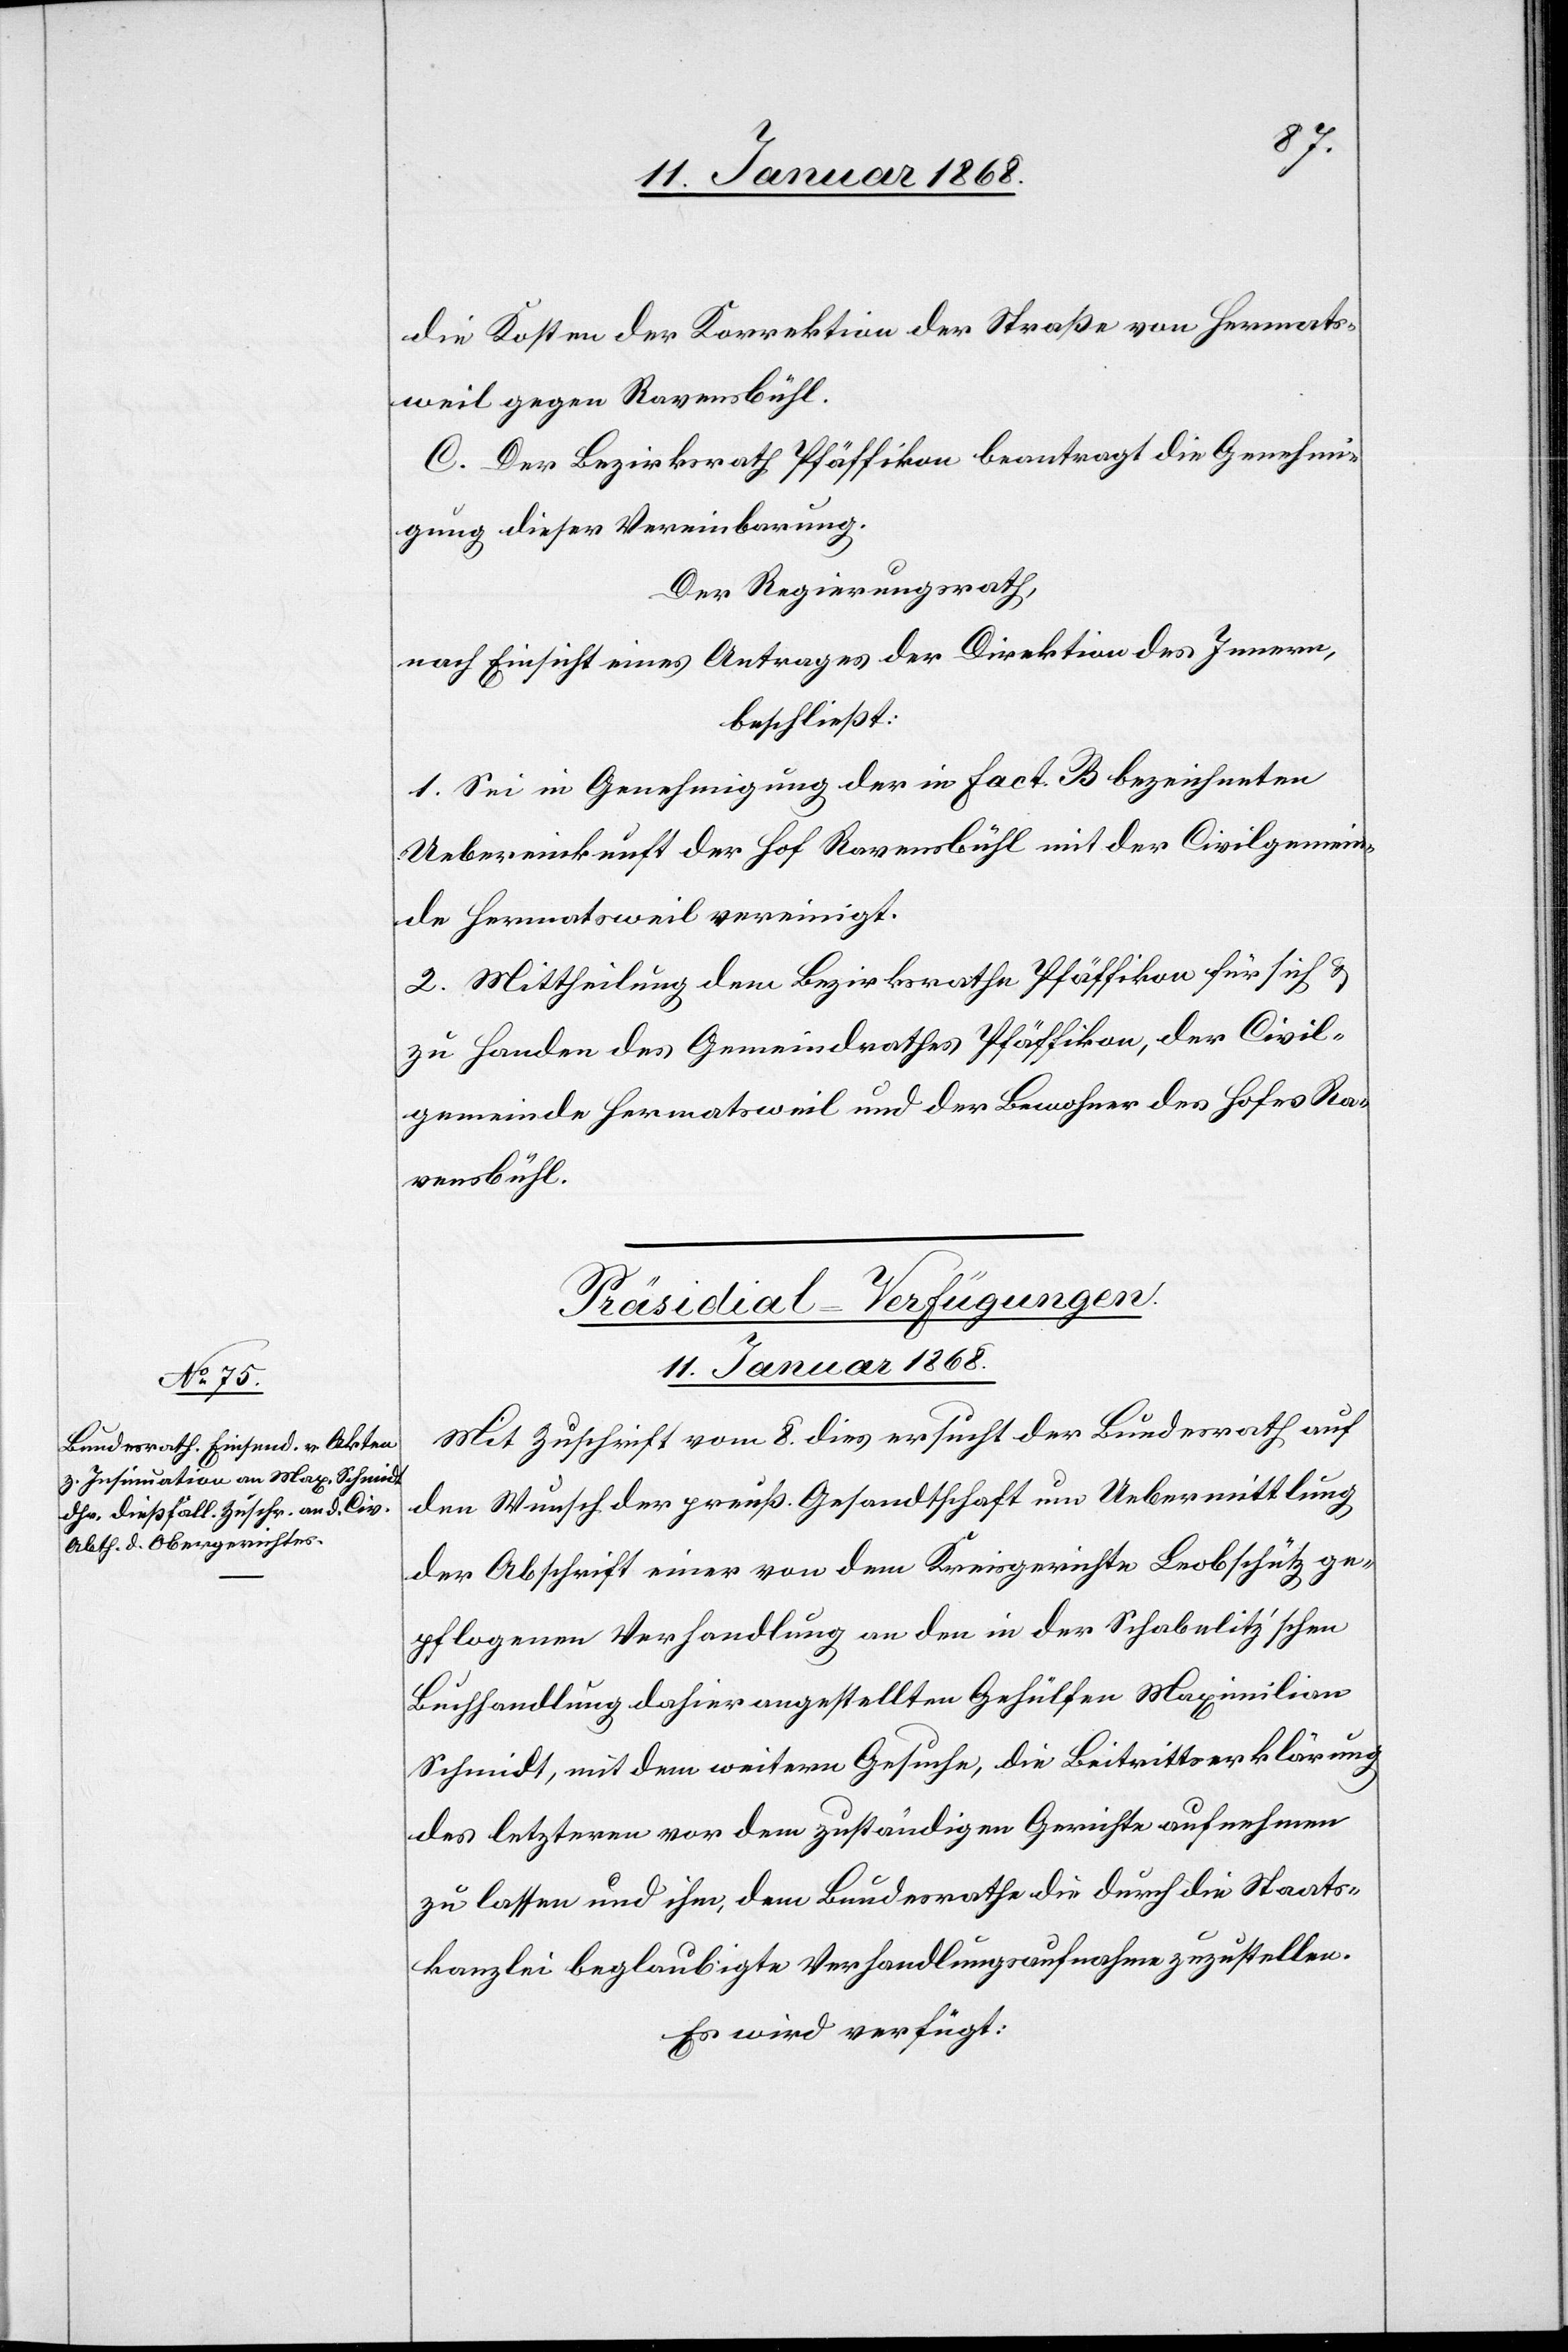
die Kosten der Korrektion der Straße von Hermats¬
weil gegen Ravensbühl.
C. Der Bezirksrath Pfäffikon beantragt die Genehmi¬
gung dieser Vereinbarung.
Der Regierungsrath,
nach Einsicht eines Antrages der Direktion des Innern,
beschließt:
1. Sei in Genehmigung der in Fact. B bezeichneten
Uebereinkunft der Hof Ravensbühl mit der Civilgemein¬
de Hermatsweil vereinigt.
2. Mittheilung dem Bezirksrathe Pfäffikon für sich &
zu Handen des Gemeindrathes Pfäffikon, der Civil¬
gemeinde Hermatsweil und der Bewohner des Hofes Ra¬
vensbühl.
Präsidial-Verfügungen.
11. Januar 1868.
Mit Zuschrift vom 8. dies ersucht der Bundesrath auf
den Wunsch der preuß. Gesandtschaft um Uebermittlung
der Abschrift einer von dem Kreisgerichte Leobschütz ge¬
pflogenen Verhandlung an den in der Schabelitz’schen
Buchhandlung dahier angestellten Gehülfen Maximilian
Schmidt, mit dem weitern Gesuche, die Beitrittserklärung
des letzteren vor dem zuständigen Gerichte aufnehmen
zu lassen und ihm, dem Bundesrathe die durch die Staats¬
kanzlei beglaubigte Verhandlungsaufnahme zuzustellen.
Es wird verfügt: